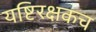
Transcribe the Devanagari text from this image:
यष्टिरक्षकच